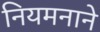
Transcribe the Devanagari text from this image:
नियमनाने